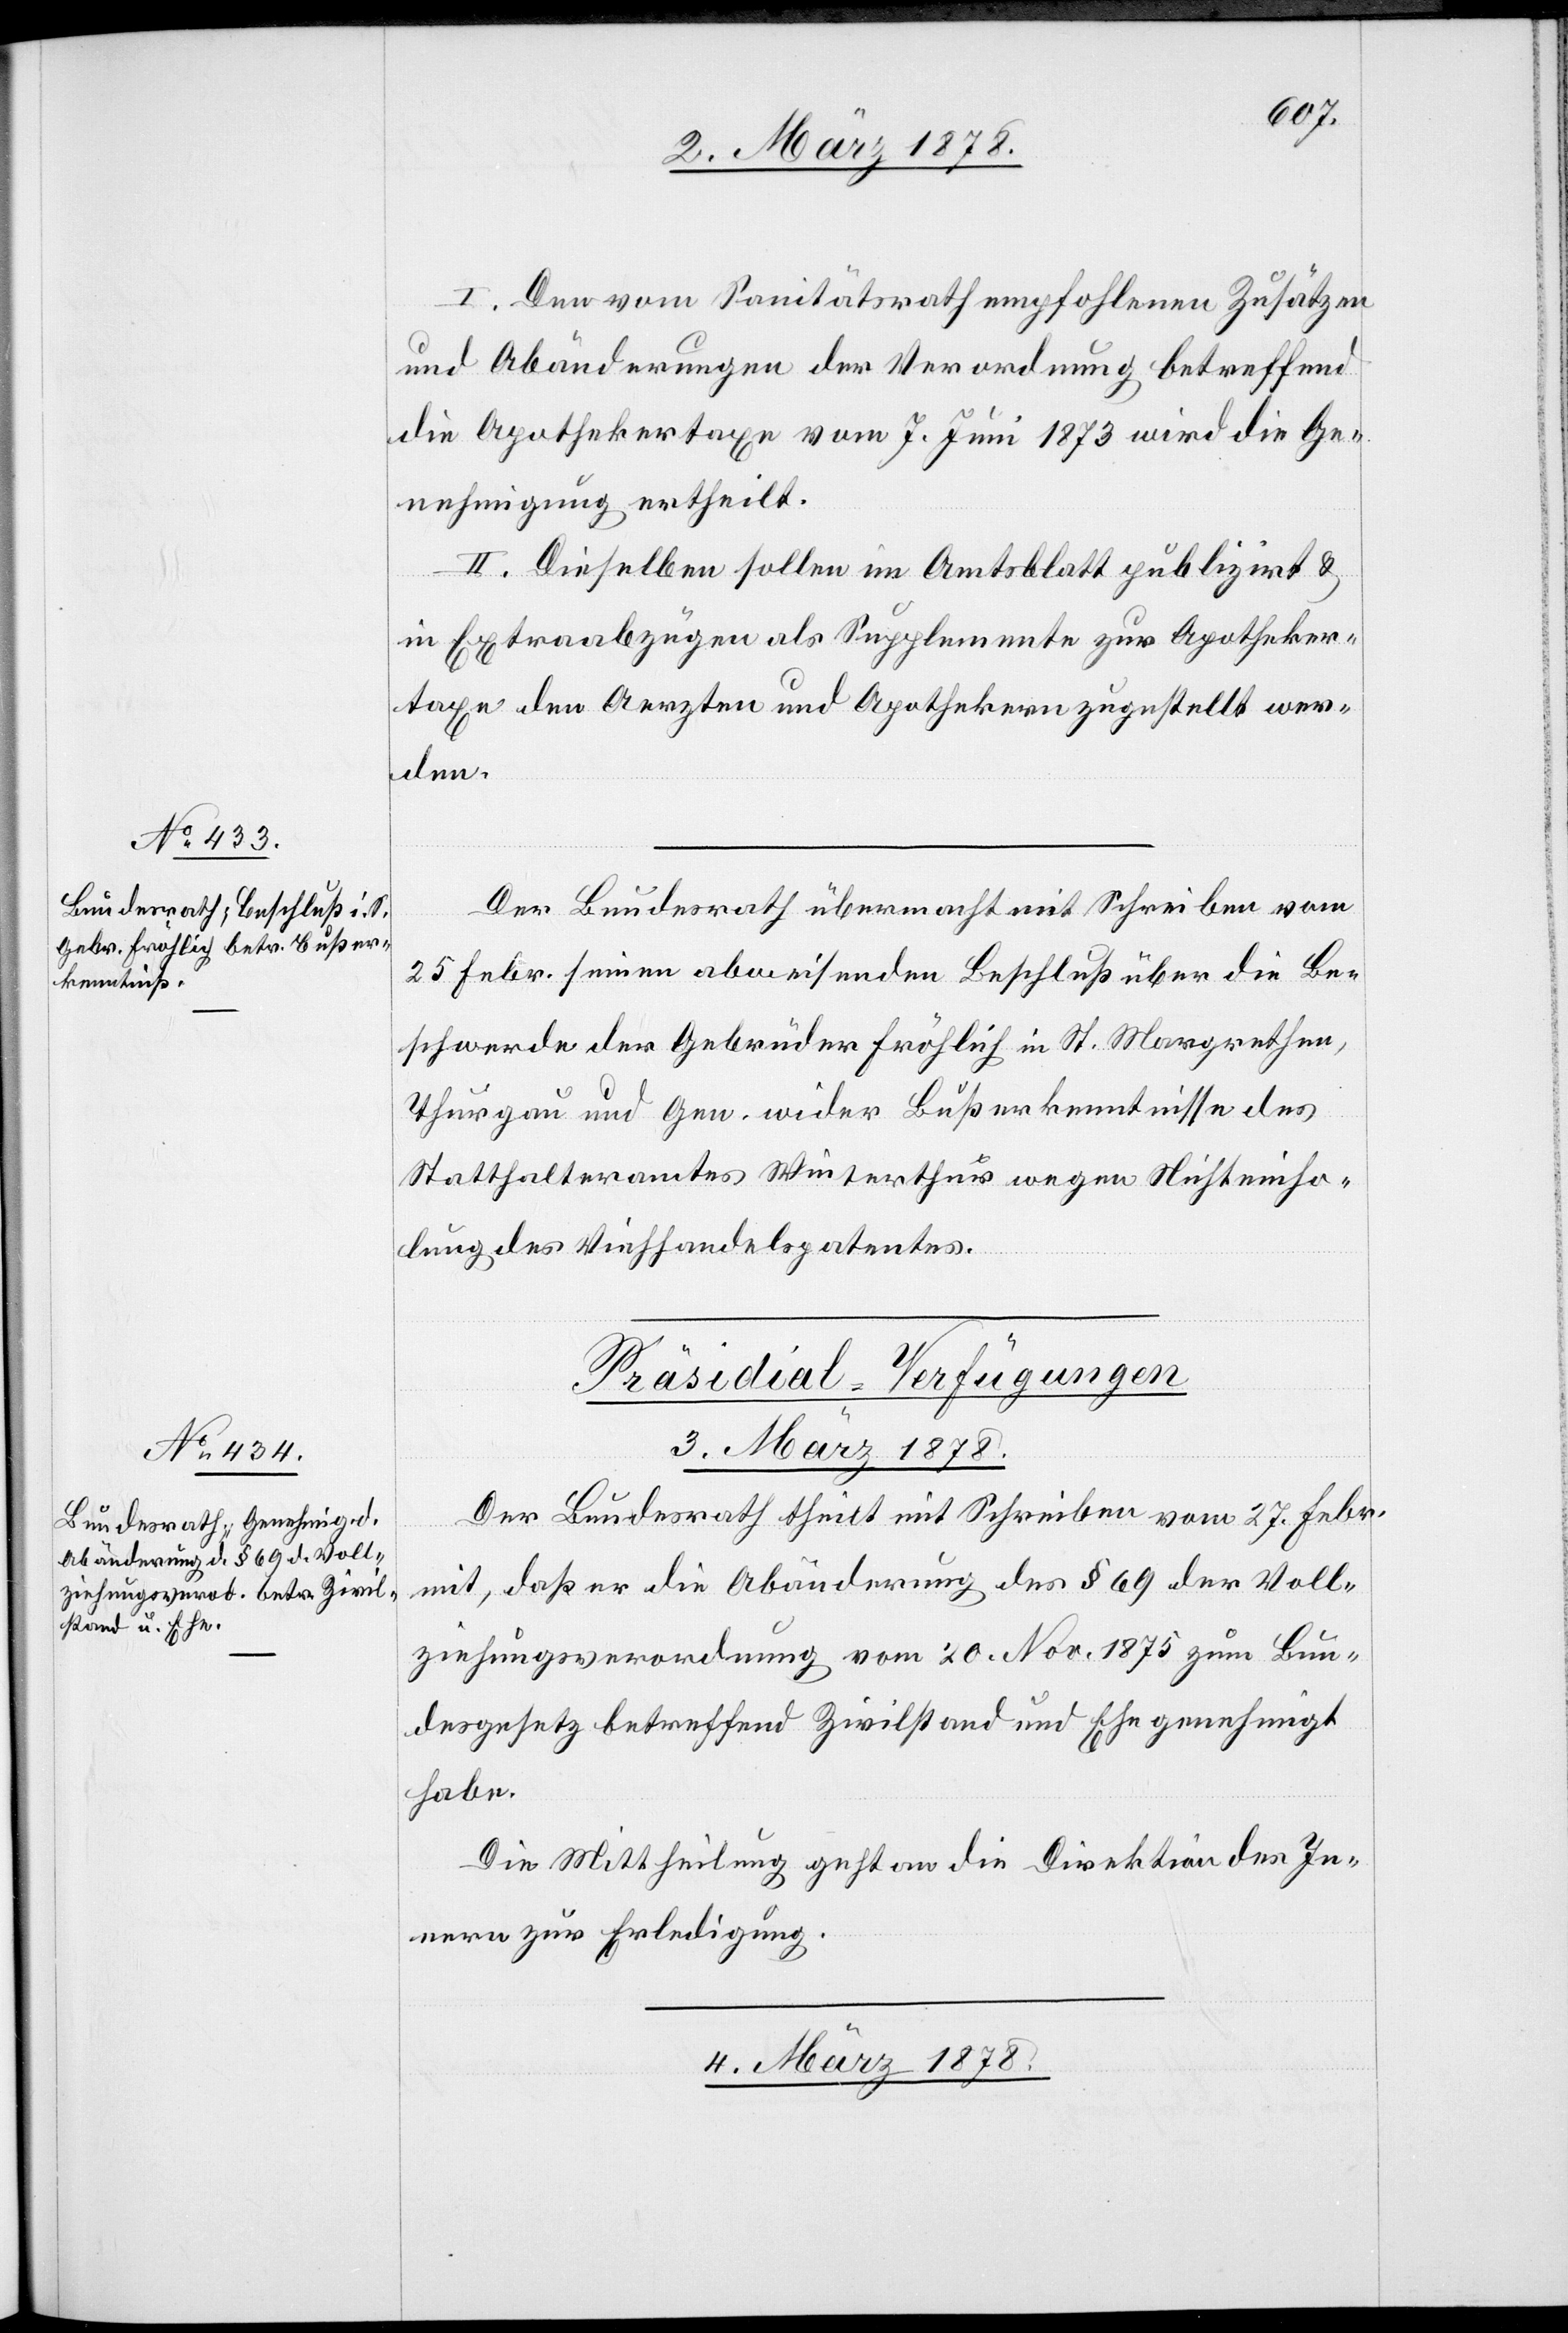
I. Den vom Sanitätsrath empfohlenen Zusätzen
und Abänderungen der Verordnung betreffend
die Apothekertaxe vom 7. Juni 1873 wird die Ge¬
nehmigung ertheilt.
II. Dieselben sollen im Amtsblatt publizirt &
in Extraabzügen als Supplemente zur Apotheker¬
taxe den Aerzten und Apothekern zugestellt wer¬
den.
Der Bundesrath übermacht mit Schreiben vom
25. Febr. seinen abweisenden Beschluß über die Be¬
schwerde der Gebrüder Fröhlich [sic!] in St. Margrethen,
Thurgau und Gen. wider Bußerkenntnisse des
Statthalteramtes Winterthur wegen Nichteinho¬
lung des Viehhandelspatentes.
[Präsidial-Verfügungen]
3. März 1878.
Der Bundesrath theilt mit Schreiben vom 27. Febr.
mit, daß er die Abänderung des § 69 der Voll¬
ziehungsverordnung vom 20. Nov. 1875 zum Bun¬
desgesetz betreffend Zivilstand und Ehe genehmigt
habe.
Die Mittheilung geht an die Direktion des In¬
nern zur Erledigung.
4. März 1878.